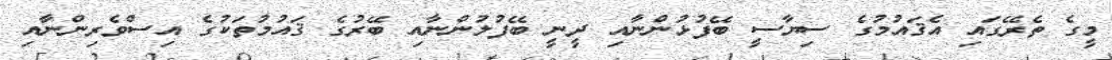
މީގެ ތެރޭގައި އެޤައުމުގެ ސިޔާސީ ބޭފުޅުންނާއި ދީނީ ބޭފުލުންނާއި ބޭރުގެ ޤައުމުތަކުގެ އިސްވެރިންނާއި